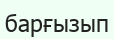
барғызып